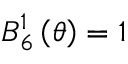
B _ { 6 } ^ { 1 } \left( \theta \right) = 1